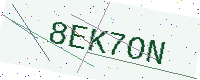
Text: 8EK7ON